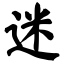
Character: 迷